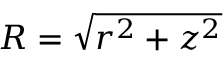
R = \sqrt { r ^ { 2 } + z ^ { 2 } }